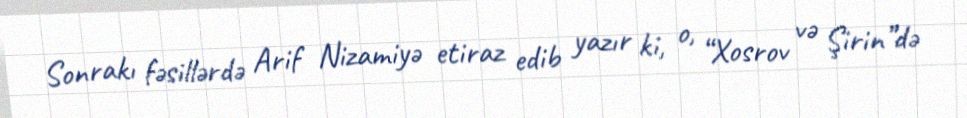
Sonrakı fəsillərdə Arif Nizamiyə etiraz edib yazır ki, o, “Xosrov və Şirin”də